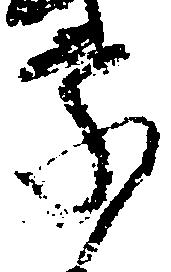
家